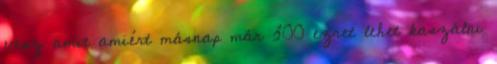
vesz amit amiért másnap már 300 ezret lehet kaszálni